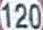
120